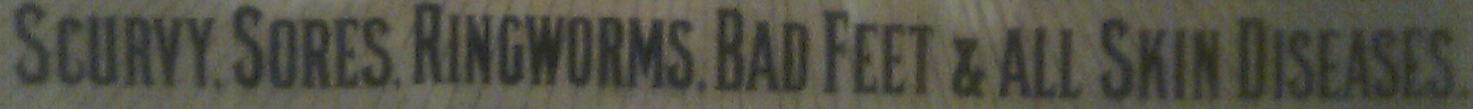
SCURVY.SORES.RINGWORMS.BAD FEET & ALL SHIN DISEASES.